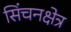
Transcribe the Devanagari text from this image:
सिंचनक्षेत्र